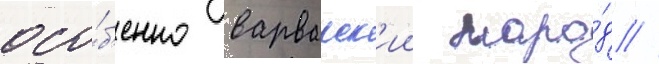
осо́б'енно варварск'ии наро́д //